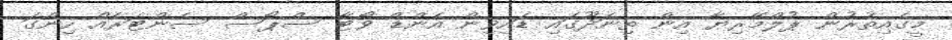
މީގެއިތުރުން ޕުލްމޭރިޔާ އިން ތިނަދޫގައި ޑައިވިން އެންޑް ވޯޓާ ސްޕޯސް ސެންޓަރެއް ހިންގަ